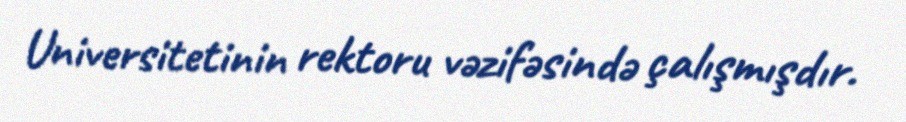
Universitetinin rektoru vəzifəsində çalışmışdır.